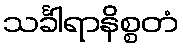
သင်္ခါရာနိစ္စတံ